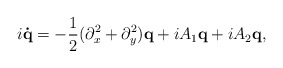
\begin{align*}i{\bf \dot{q}} =-\frac{1}{2} (\partial _{x}^{2}+\partial_{y}^{2}){\bf q}+ iA_{1}{\bf q}+iA_{2}{\bf q},\end{align*}